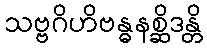
သဗ္ဗဂိဟိဗန္ဓနစ္ဆိဒန္တိ